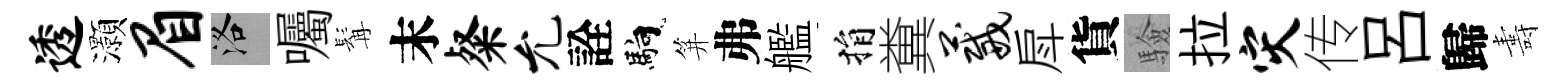
透灝眉洛囑髯末粲允詮馿笄弗艦捐糞葳戽貨驗拉灾传呂歸夀